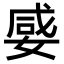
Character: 𡞣